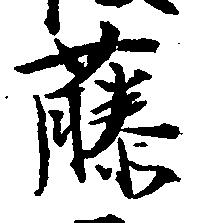
藤